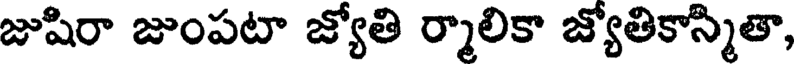
జుషిరా జుంపటా జ్యోతి ర్మాలికా జ్యోతికాస్మితా,